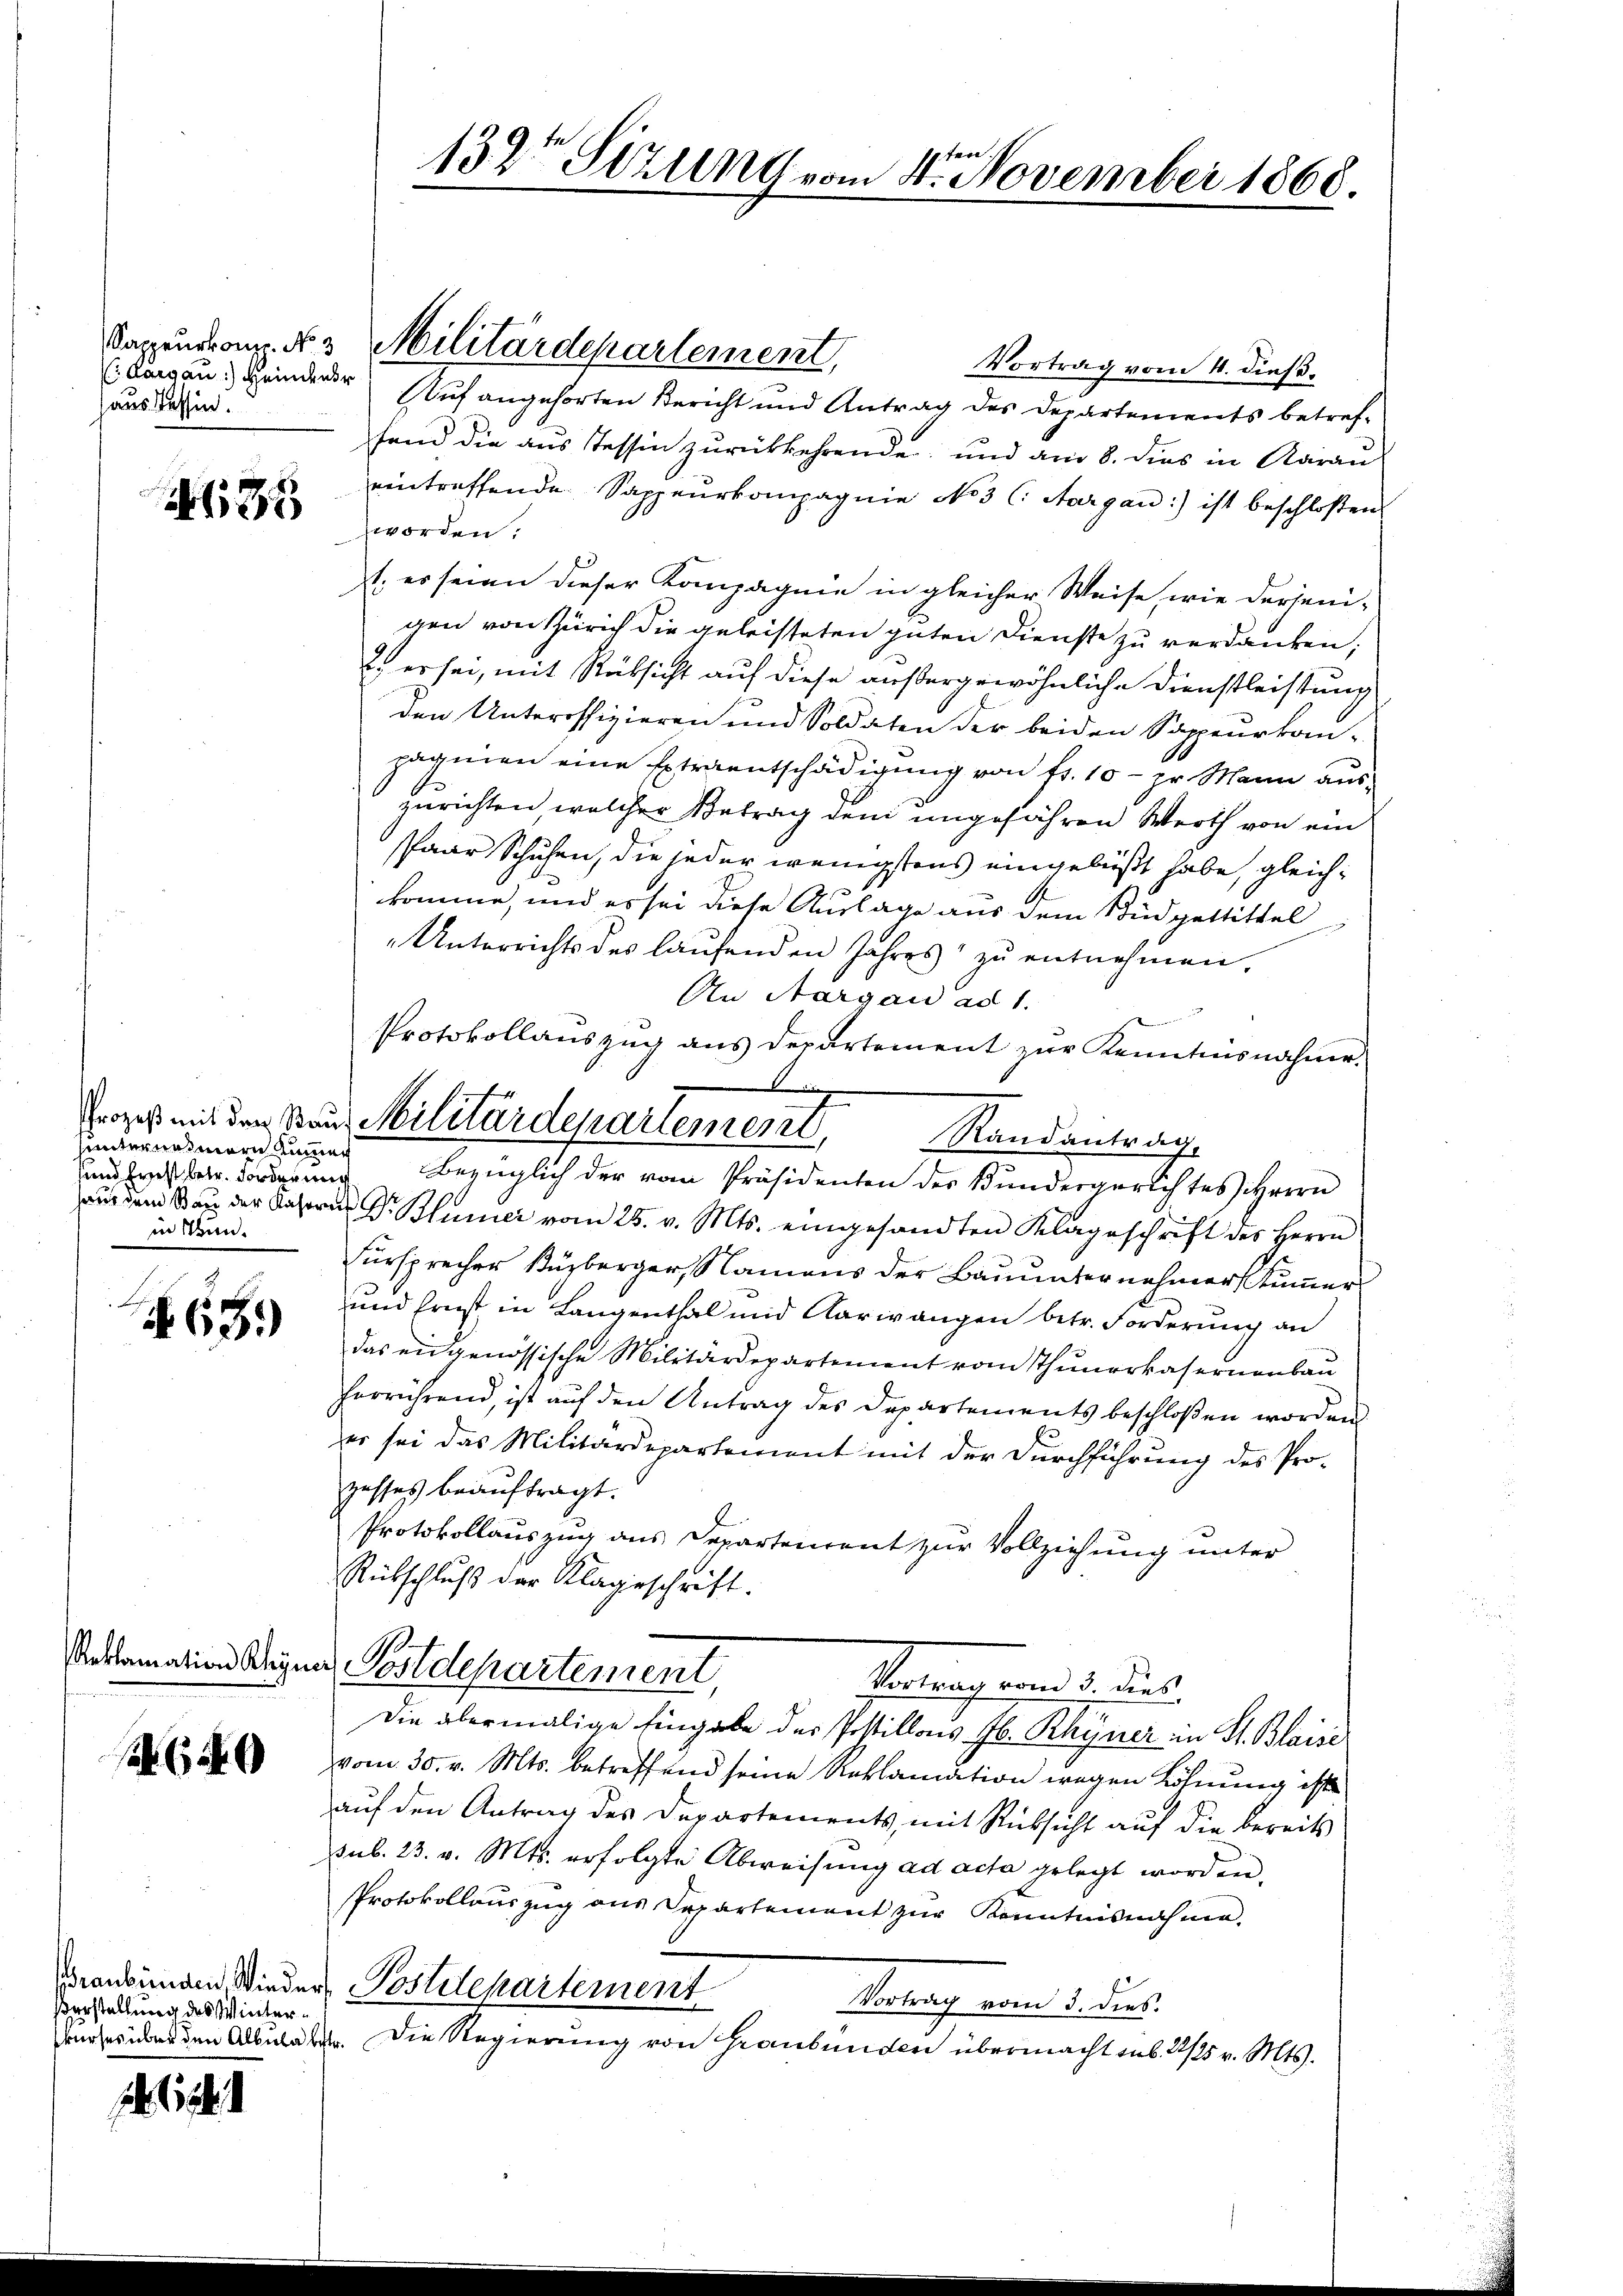
Aargau) Heindende
aus Tessin.

86

hunterna mern Zimmer
in Win¬

63.)

640

Vorstellung des Winter¬

132te Sitzung vom 4. November 1868.

Vortrag vom 4. dies.
Auf angehörten Bericht und Antrag des Departements betreffend die aus Tessin zurückkehrende, und am 8. dies in Aarau
eintreffende Sappeurkompagnie No 3 (: Aargau) ist beschloßen:
zworden.
1., er seien dieser Kompagnie in gleicher Weise, wie derjeni-
gen von Zürich die geleisteten guten Dienste zu verdanken,
2. er sei, mit Rücksicht auf diese außergewöhnliche Dienstleistung
den Unteroffizieren und Soldaten der beiden Sappeurkan-
pagnien eine Extraentschädigung von fr. 10 - pr. Mann aus
zurichten, welcher Betrag dem ungefähren Werth von ein
Paar Schuhen, die jeder wenigstens eingebüßt habe, gleichkomme, und es sei diese Auslage aus dem Büdgettittel
„Unterrichts des laufenden Jahres zŭ entnehmen.
An Aargau ad 1.
und Erst betr. Forderung bezüglich der vom Präsidenten der Kundergerichtes Herrn
aus dem Bau der Kasern Dr. Blurner vom 25. v. Mts. eingesandten Klageschrift des Herrn
Fürsprecher Kürberger, Namens der Baŭŭnternehmer skŭṁer
und Ernst in Langenthal und Aarwangen betr. Forderung an
das eidgenössische Militärdepartement vom Thunerkasernenbau
herrührend, ist auf den Antrag des Departements beschloßen worden.
er sei das Militärdepartement mit der Durchführung des Prozesses beauftragt.
Protokollauszug aus Departement zur Vollziehung unter
Rückschluß der Klageschrift.
Reklamation Weigen Postdepartement,
Hornung und 5. dies
Die abermalige Eingabe der Postillons Jb. Rhyner in St. Blaise
vom 30. v. Mts. betreffend seine Reklamation wegen Löhnung ist
auf den Antrag des Departements, mit Rücksicht auf die bereits
sub. 23. v. Mts. erfolgte Abweisung ad acta gelegt worden,
Protokollauszug aus Departement zur Kenntnisnahme.
ranbinden Wieder Postetepartement
Verung vom 2. des
vres über den Albulate. Die Regierung von Graubünden übermacht enb. 22/25 v. Mts.

Dappenstanz. N. 3 Militärdepartement,

Protokollauszug aus Departement zur Kenntnisnahme.
x
Prozess mit den Raus Militärdepartement,
Randantrag.